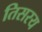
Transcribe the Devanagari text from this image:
तिसरय